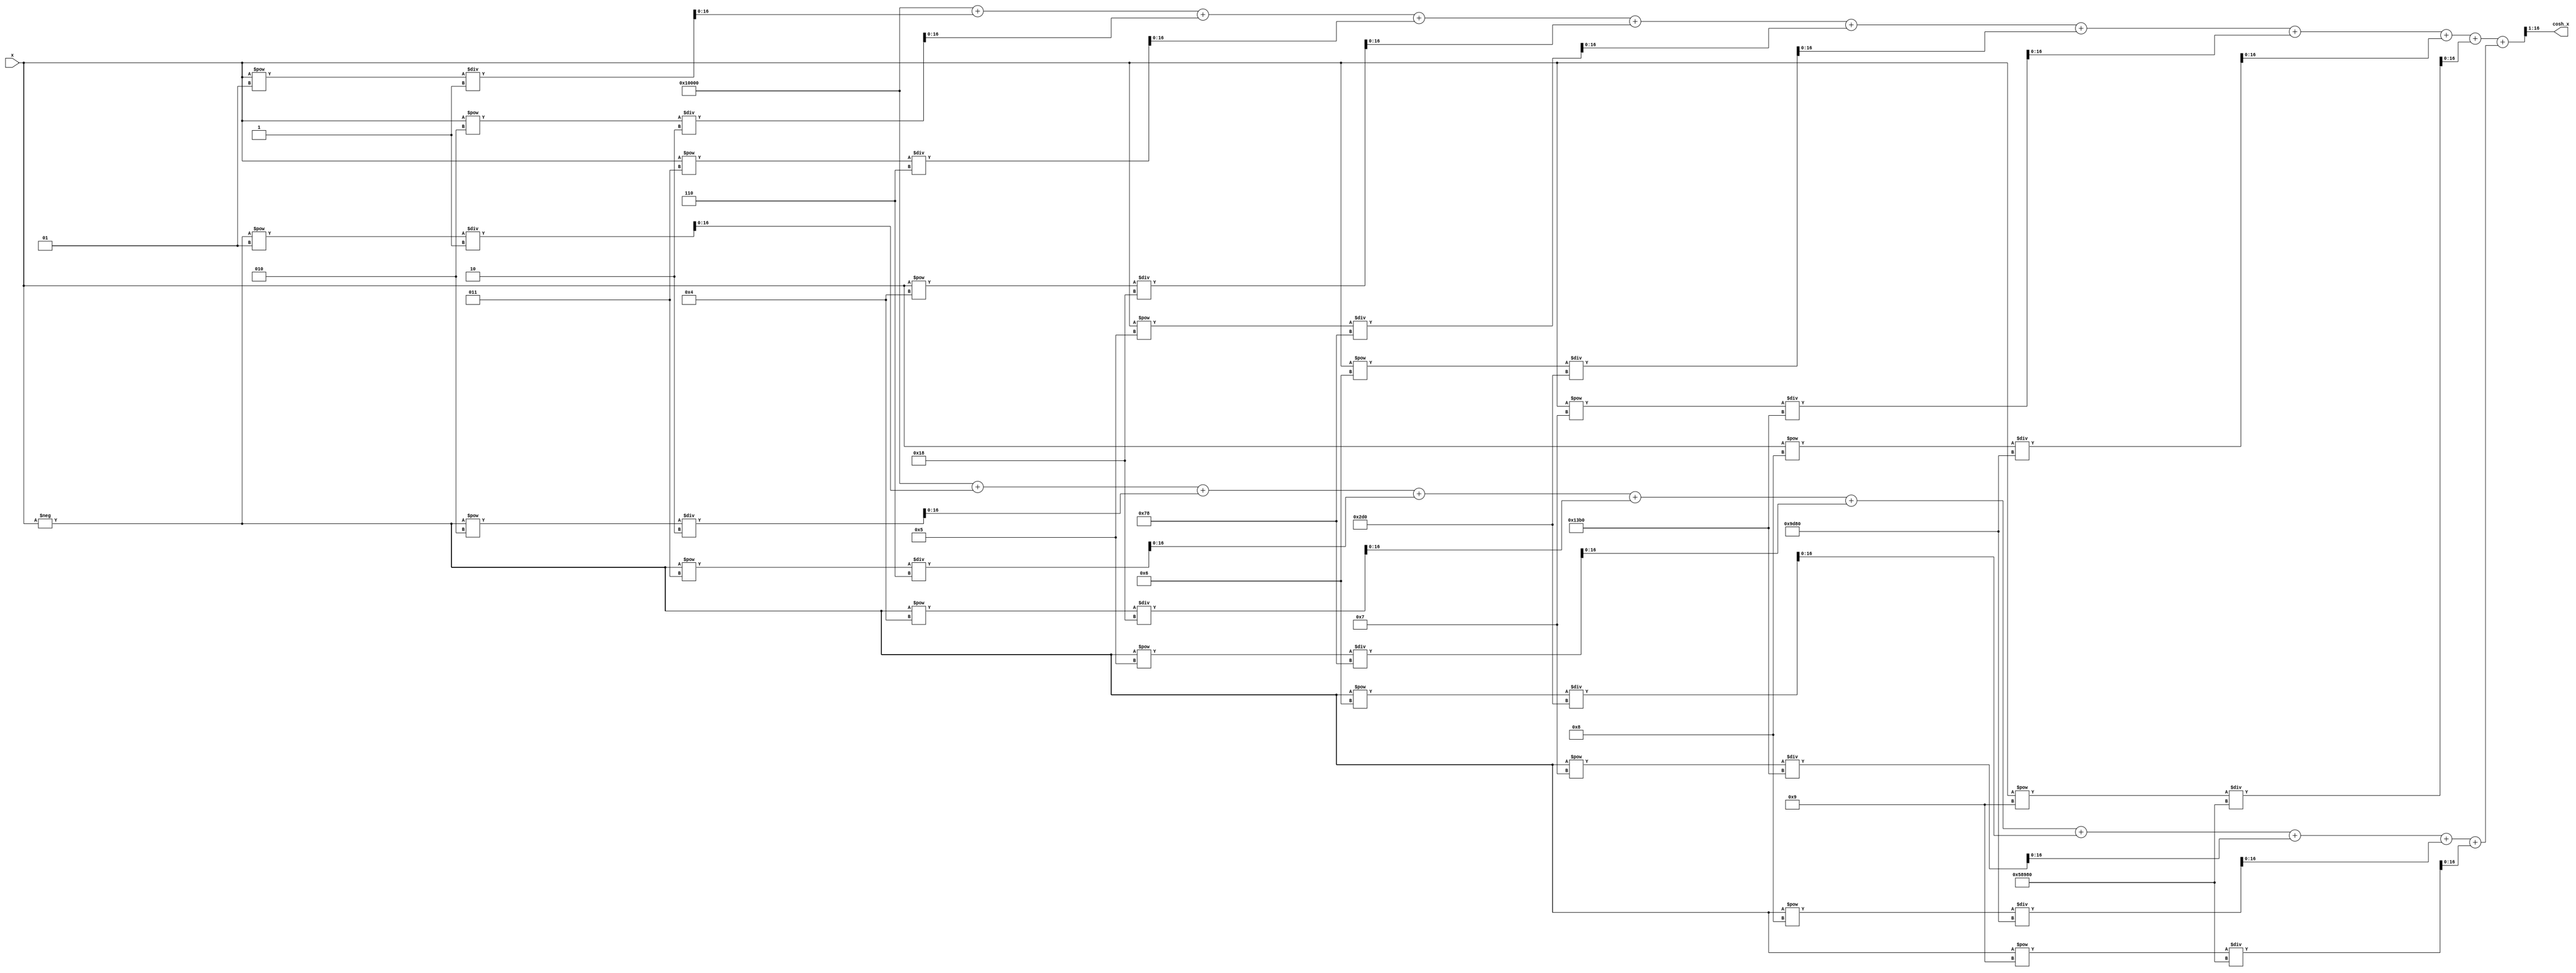
module hyperbolic_cosh(
    input  wire [15:0] x,        // Input: Fixed-point representation of x
    output wire [15:0] cosh_x    // Output: Fixed-point representation of cosh(x)
);

    // Internal signals
    wire [31:0] exp_x;          // e^x
    wire [31:0] exp_neg_x;      // e^(-x)
    wire [32:0] sum_exp;        // Sum of e^x and e^(-x)
    wire [15:0] divided_sum;     // Result after division by 2

    // Exponential calculation for e^x and e^(-x)
    // Here we use a simple Taylor series expansion for demonstration
    function [31:0] exp_function;
        input [15:0] val;
        reg [31:0] result;
        integer i;
        begin
            result = 32'h00010000; // e^0 = 1 in fixed-point (Q16)
            for (i = 1; i < 10; i = i + 1) begin
                result = result + (val ** i) / factorial(i);
            end
            exp_function = result;
        end
    endfunction

    // Factorial function
    function integer factorial;
        input integer n;
        integer f;
        integer i;
        begin
            f = 1;
            for (i = 1; i <= n; i = i + 1) begin
                f = f * i;
            end
            factorial = f;
        end
    endfunction

    // Calculate e^x and e^(-x)
    assign exp_x = exp_function(x);
    assign exp_neg_x = exp_function(-x);

    // Compute the sum of e^x and e^(-x)
    assign sum_exp = exp_x + exp_neg_x;

    // Divide the sum by 2 (right shift by 1)
    assign divided_sum = sum_exp[32:1];

    // Output the final result
    assign cosh_x = divided_sum[15:0];

endmodule